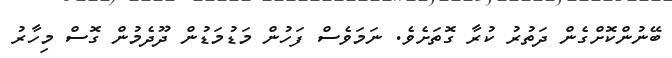
ބޭނުންކޮށްގެން ދަތުރު ކުރާ ގޮތަށެވެ. ނަމަވެސް ފަހުން މަޑުމަޑުން ދޫދެމުން ގޮސް މިހާރު